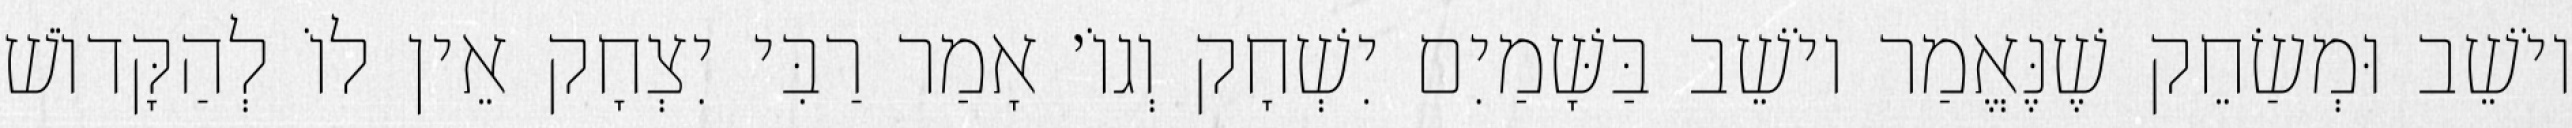
יוֹשֵׁב וּמְשַׂחֵק שֶׁנֶּאֱמַר יוֹשֵׁב בַּשָּׁמַיִם יִשְׁחָק וְגוֹ׳ אָמַר רַבִּי יִצְחָק אֵין לוֹ לְהַקָּדוֹשׁ